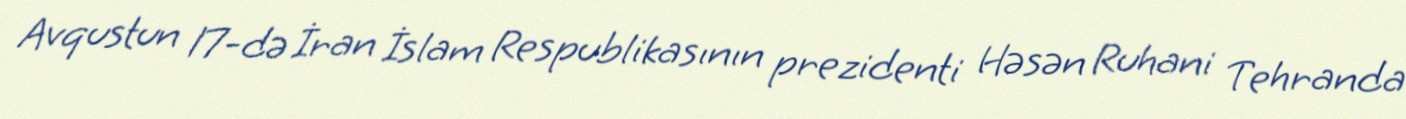
Avqustun 17-də İran İslam Respublikasının prezidenti Həsən Ruhani Tehranda